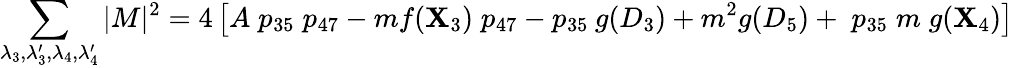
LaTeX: \sum_{\lambda_{3},\lambda_{3}^{\prime},\lambda_{4},\lambda_{4}^{\prime}}|M|^{2}=4\left[A\; p_{35}\; p_{47}-mf(\mathbf{X}_{3})\; p_{47}-p_{35}\: g(D_{3})+m^{2}g(D_{5})+\; p_{35}\; m\; g(\mathbf{X}_{4})\right]